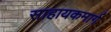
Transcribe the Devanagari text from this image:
साहायकमार्ग